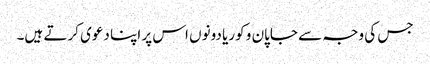
جس کی وجہ سے جاپان و کوریا دونوں اس پر اپنا دعوی کرتے ہیں۔